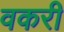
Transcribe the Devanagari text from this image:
वकरी